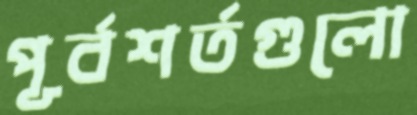
পূর্বশর্তগুলো